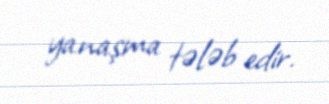
yanaşma tələb edir.